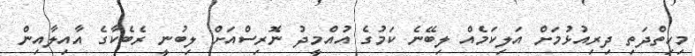
މިހިތްދަތި ދިރިއުޅުމަށް އަލިކަމެއް ލިބޭނެ ކަމުގެ އުއްމީދު ނޮރިސްއަށް ލިބުނީ ރެބެކާގެ އާއިލާއިން